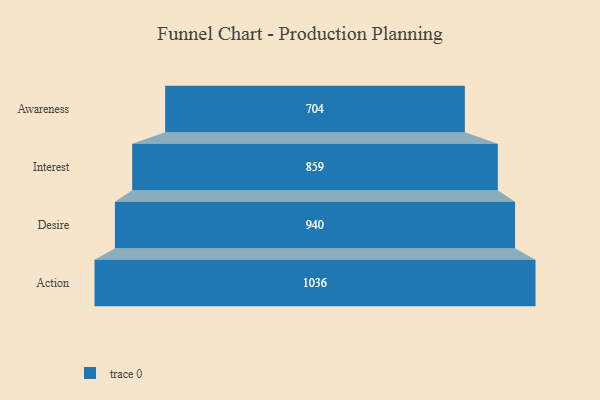
{"axis": {"x": "Stage", "y": "Value"}, "legend": [""], "data": [{"x": "Awareness", "y": 704.0, "type": ""}, {"x": "Interest", "y": 859.0, "type": ""}, {"x": "Desire", "y": 940.0, "type": ""}, {"x": "Action", "y": 1036.0, "type": ""}]}